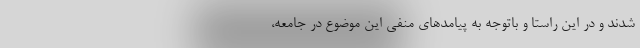
شدند و در این راستا و باتوجه به پیامدهای منفی این موضوع در جامعه،